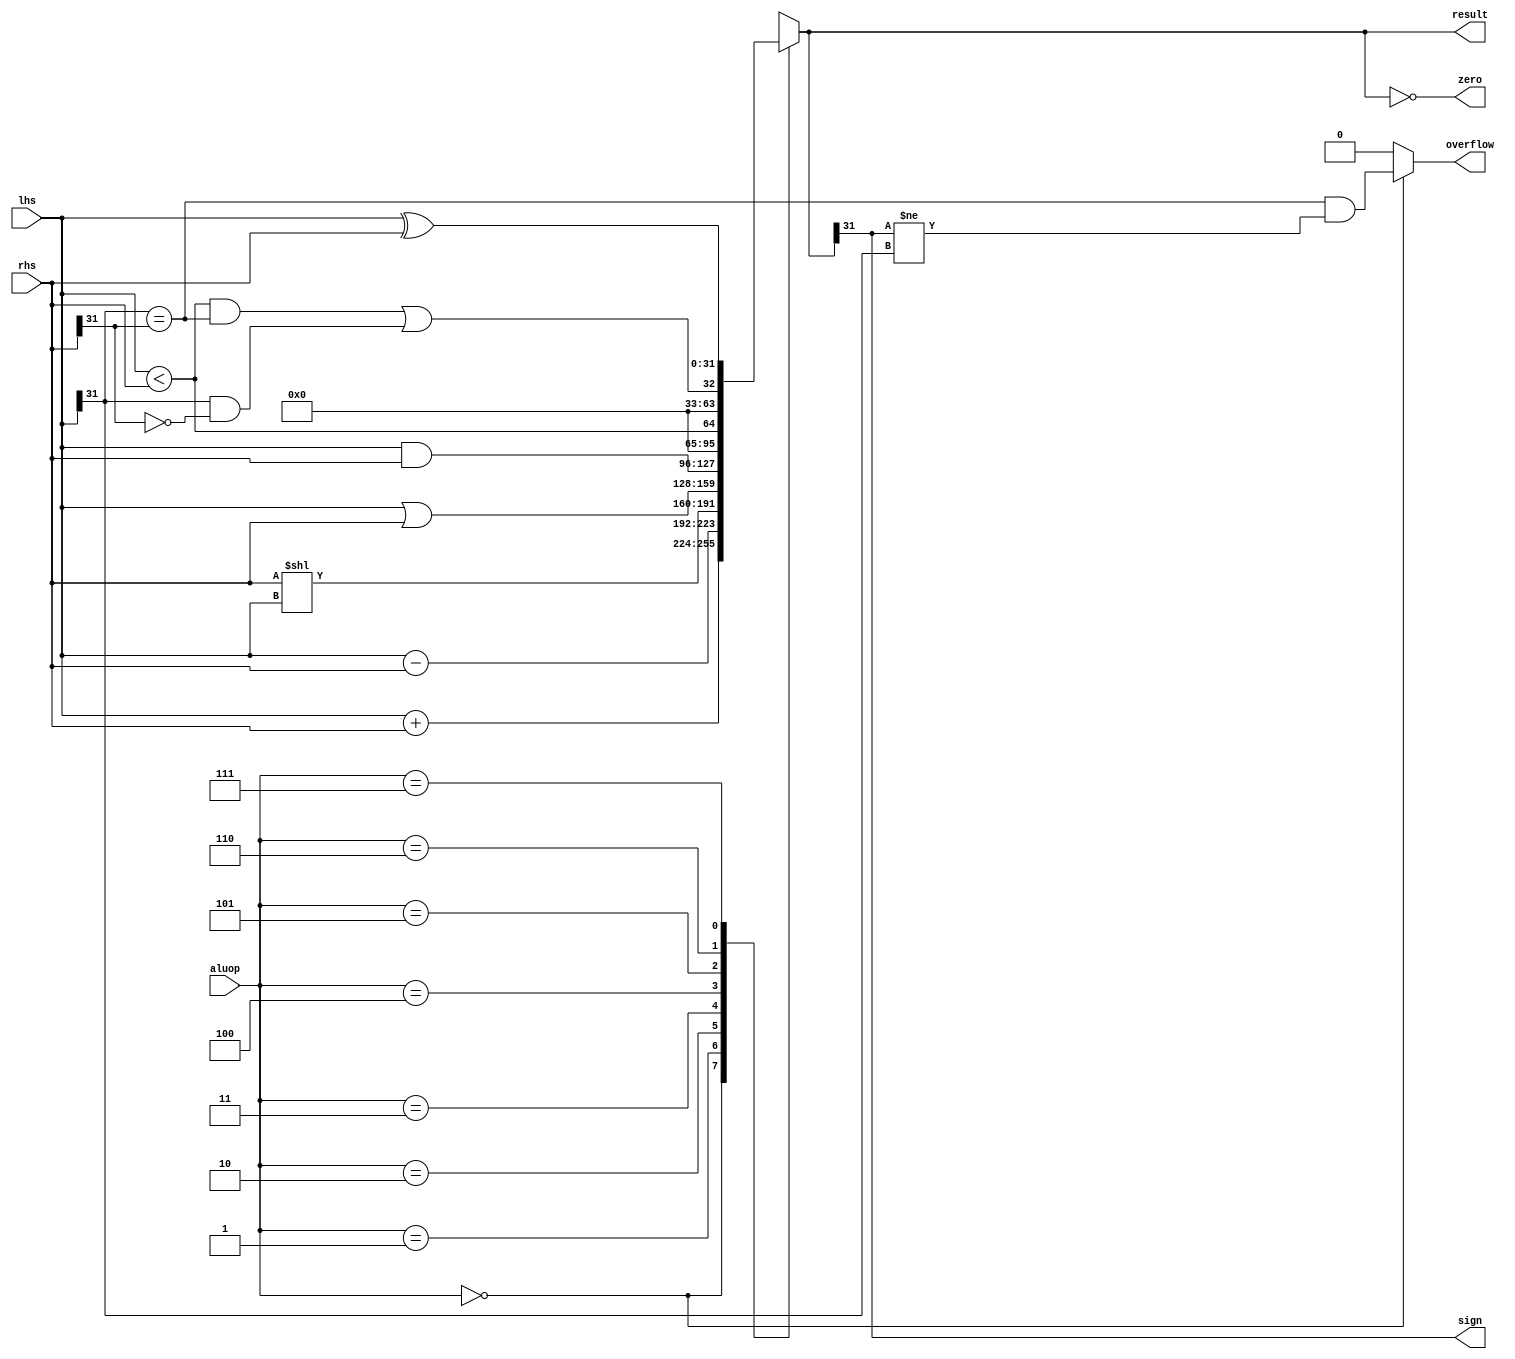
`timescale 1ns / 1ps

module ALU #(parameter width = 32)
            (aluop,
             lhs,
             rhs,
             result,
             zero,
             sign,
             overflow);
    
    input  [2 : 0]           aluop;
    input  [width-1 : 0]     lhs;
    input  [width-1 : 0]     rhs;
    output reg [width-1 : 0] result;
    output reg               zero;
    output reg               sign;
    output reg               overflow;
    
    always @(*)
    begin
        case (aluop)
            3'b000 : result <= lhs + rhs;
            3'b001 : result <= lhs - rhs;
            3'b010 : result <= rhs << lhs;
            3'b011 : result <= lhs | rhs;
            3'b100 : result <= lhs & rhs;
            3'b101 : result <= lhs < rhs;
            3'b110 : result <= (lhs < rhs && lhs[width-1] == rhs[width-1]) ||
                              (lhs[width-1] == 1 && rhs[width-1] == 0);
            3'b111 : result <= lhs ^ rhs;
            default : ;
        endcase

        overflow <= (aluop == 3'b000) ? (lhs[31] == rhs[31] && result[31] != lhs[31]) : 0;
        
        zero = !result;
        sign = result[31];
        $display("alu result = %b", result);
    end
endmodule